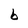
Character: b